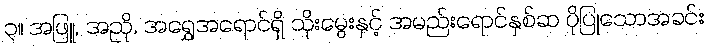
၃။ အဖြူ, အညို, အရွှေအရောင်ရှိ သိုးမွေးနှင့် အမည်းရောင်နှစ်ဆ ပိုပြုသောအခင်း